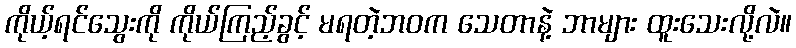
ကိုယ့်ရင်သွေးကို ကိုယ်ကြည့်ခွင့် မရတဲ့ဘဝက သေတာနဲ့ ဘာများ ထူးသေးလို့လဲ။